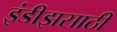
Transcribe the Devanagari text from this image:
इंडीझसाठी